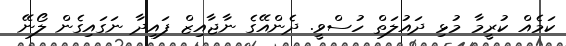
ކަމެއް ކުރީމާ މުޅި ދައުލަތް ހުސްވީ. ދެންއޭގެ ނާޖާއިޒް ފައިދާ ނަގައިގެން ލޯނޭ